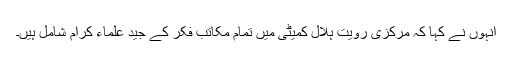
انہوں نے کہا کہ مرکزی رویت ہلال کمیٹی میں تمام مکاتب فکر کے جید علماء کرام شامل ہیں۔